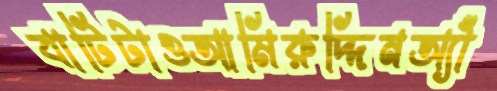
বাটিটাওআমিরুদ্দিনঅ্যাঁ